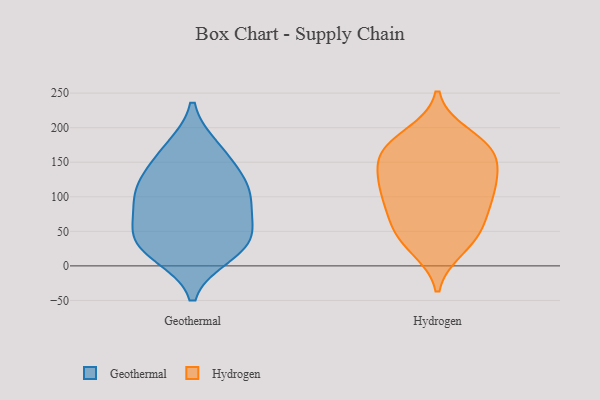
{"axis": {"x": "Website Visitors", "y": "Value"}, "legend": ["Geothermal", "Hydrogen"], "data": [{"x": "", "y": 26, "type": "Geothermal"}, {"x": "", "y": 82, "type": "Geothermal"}, {"x": "", "y": 161, "type": "Geothermal"}, {"x": "", "y": 45, "type": "Geothermal"}, {"x": "", "y": 169, "type": "Geothermal"}, {"x": "", "y": 126, "type": "Geothermal"}, {"x": "", "y": 95, "type": "Geothermal"}, {"x": "", "y": 17, "type": "Geothermal"}, {"x": "", "y": 105, "type": "Geothermal"}, {"x": "", "y": 116, "type": "Geothermal"}, {"x": "", "y": 33, "type": "Geothermal"}, {"x": "", "y": 49, "type": "Geothermal"}, {"x": "", "y": 86, "type": "Hydrogen"}, {"x": "", "y": 167, "type": "Hydrogen"}, {"x": "", "y": 171, "type": "Hydrogen"}, {"x": "", "y": 125, "type": "Hydrogen"}, {"x": "", "y": 26, "type": "Hydrogen"}, {"x": "", "y": 152, "type": "Hydrogen"}, {"x": "", "y": 95, "type": "Hydrogen"}, {"x": "", "y": 73, "type": "Hydrogen"}, {"x": "", "y": 123, "type": "Hydrogen"}, {"x": "", "y": 110, "type": "Hydrogen"}, {"x": "", "y": 189, "type": "Hydrogen"}, {"x": "", "y": 122, "type": "Hydrogen"}, {"x": "", "y": 169, "type": "Hydrogen"}, {"x": "", "y": 35, "type": "Hydrogen"}, {"x": "", "y": 45, "type": "Hydrogen"}, {"x": "", "y": 169, "type": "Hydrogen"}, {"x": "", "y": 57, "type": "Hydrogen"}]}